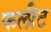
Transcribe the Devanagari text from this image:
फलीट